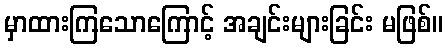
မှာထားကြသောကြောင့် အချင်းများခြင်း မဖြစ်။